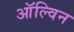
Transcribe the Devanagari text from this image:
ऑल्विन